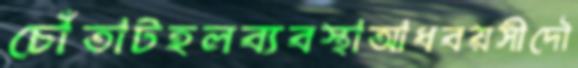
চোঁতাটহলব্যবস্থাআধবয়সীদৌ